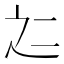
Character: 𱍻